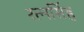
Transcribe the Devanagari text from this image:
रत्‍नसिंह